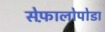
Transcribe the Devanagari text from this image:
सेफ़ालोपोडा